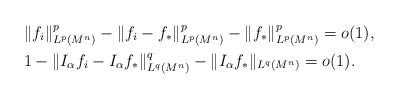
\begin{align*}&\|f_i\|_{L^p(M^n)}^p-\|f_i-f_*\|_{L^p(M^n)}^p-\|f_*\|_{L^p(M^n)}^p=o(1),\\&1-\|I_{\alpha}f_i-I_{\alpha}f_*\|_{L^q(M^n)}^q-\|I_{\alpha}f_*\|_{L^q(M^n)}=o(1).\end{align*}